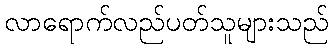
လာရောက်လည်ပတ်သူများသည်